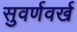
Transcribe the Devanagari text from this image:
सुवर्णवर्ख